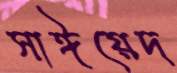
সাঈয়েদ